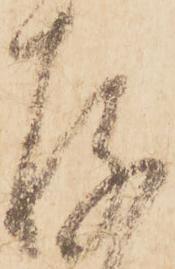
存